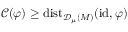
\mathcal { C } ( \varphi ) \geq \mathrm { d i s t } _ { { \mathscr { D } _ { \mu } ( M ) } } ( \mathrm { i d } , \varphi )